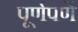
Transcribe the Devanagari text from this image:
पूर्णपणें